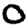
Digit: 0